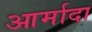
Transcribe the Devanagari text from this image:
आर्मादा